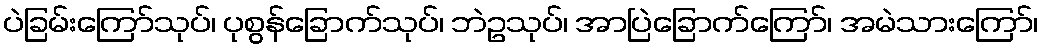
ပဲခြမ်းကြော်သုပ်၊ ပုစွန်ခြောက်သုပ်၊ ဘဲဥသုပ်၊ အာပြဲခြောက်ကြော်၊ အမဲသားကြော်၊